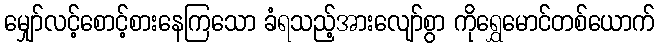
မျှော်လင့်စောင့်စားနေကြသော ခံရသည့်အားလျော်စွာ ကိုရွှေမောင်တစ်ယောက်